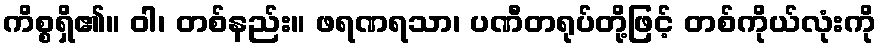
ကိစ္စရှိ၏။ ဝါ၊ တစ်နည်း။ ဖရဏရသာ၊ ပဏီတရုပ်တို့ဖြင့် တစ်ကိုယ်လုံးကို